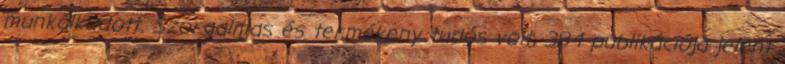
munkálkodott. Szorgalmas és termékeny tudós volt, 384 publikációja jelent